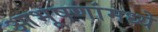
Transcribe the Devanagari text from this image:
आभूषणांमध्ये